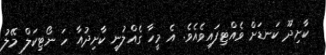
ކާށިދޫ ކަނޑަށް ވެއްޓިފައިވެއެވެ. އެ މީހާ ގެއްލުނީ ކާށިދުއާ ހަ ނޯޓިކަލް މޭލު